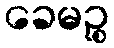
ခေမဉ္စ